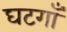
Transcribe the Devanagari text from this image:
घटगाँ